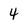
Character: 4